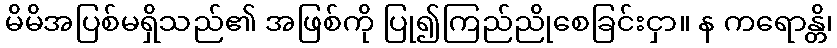
မိမိအပြစ်မရှိသည်၏ အဖြစ်ကို ပြု၍ကြည်ညိုစေခြင်းငှာ။ န ကရောန္တိ၊